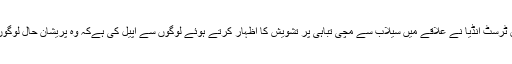
ادھرسماجی تنظیم خدمت خلق ٹرسٹ انڈیا نے علاقے میں سیلاب سے مچی تباہی پر تشویش کا اظہار کرتے ہوئے لوگوں سے اپیل کی ہےکہ وہ پریشان حال لوگوں کی مدد کے لئے آگے آئیں۔